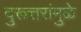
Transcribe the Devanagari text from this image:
दुरूत्तरांमुळे